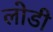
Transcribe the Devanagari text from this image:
लोडी